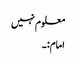
معلوم نہیں
امام:۔